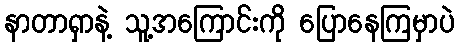
နာတာရှာနဲ့ သူ့အကြောင်းကို ပြောနေကြမှာပဲ